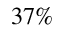
3 7 \%